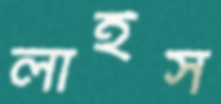
লাইস